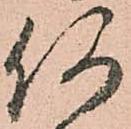
何